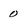
Character: o